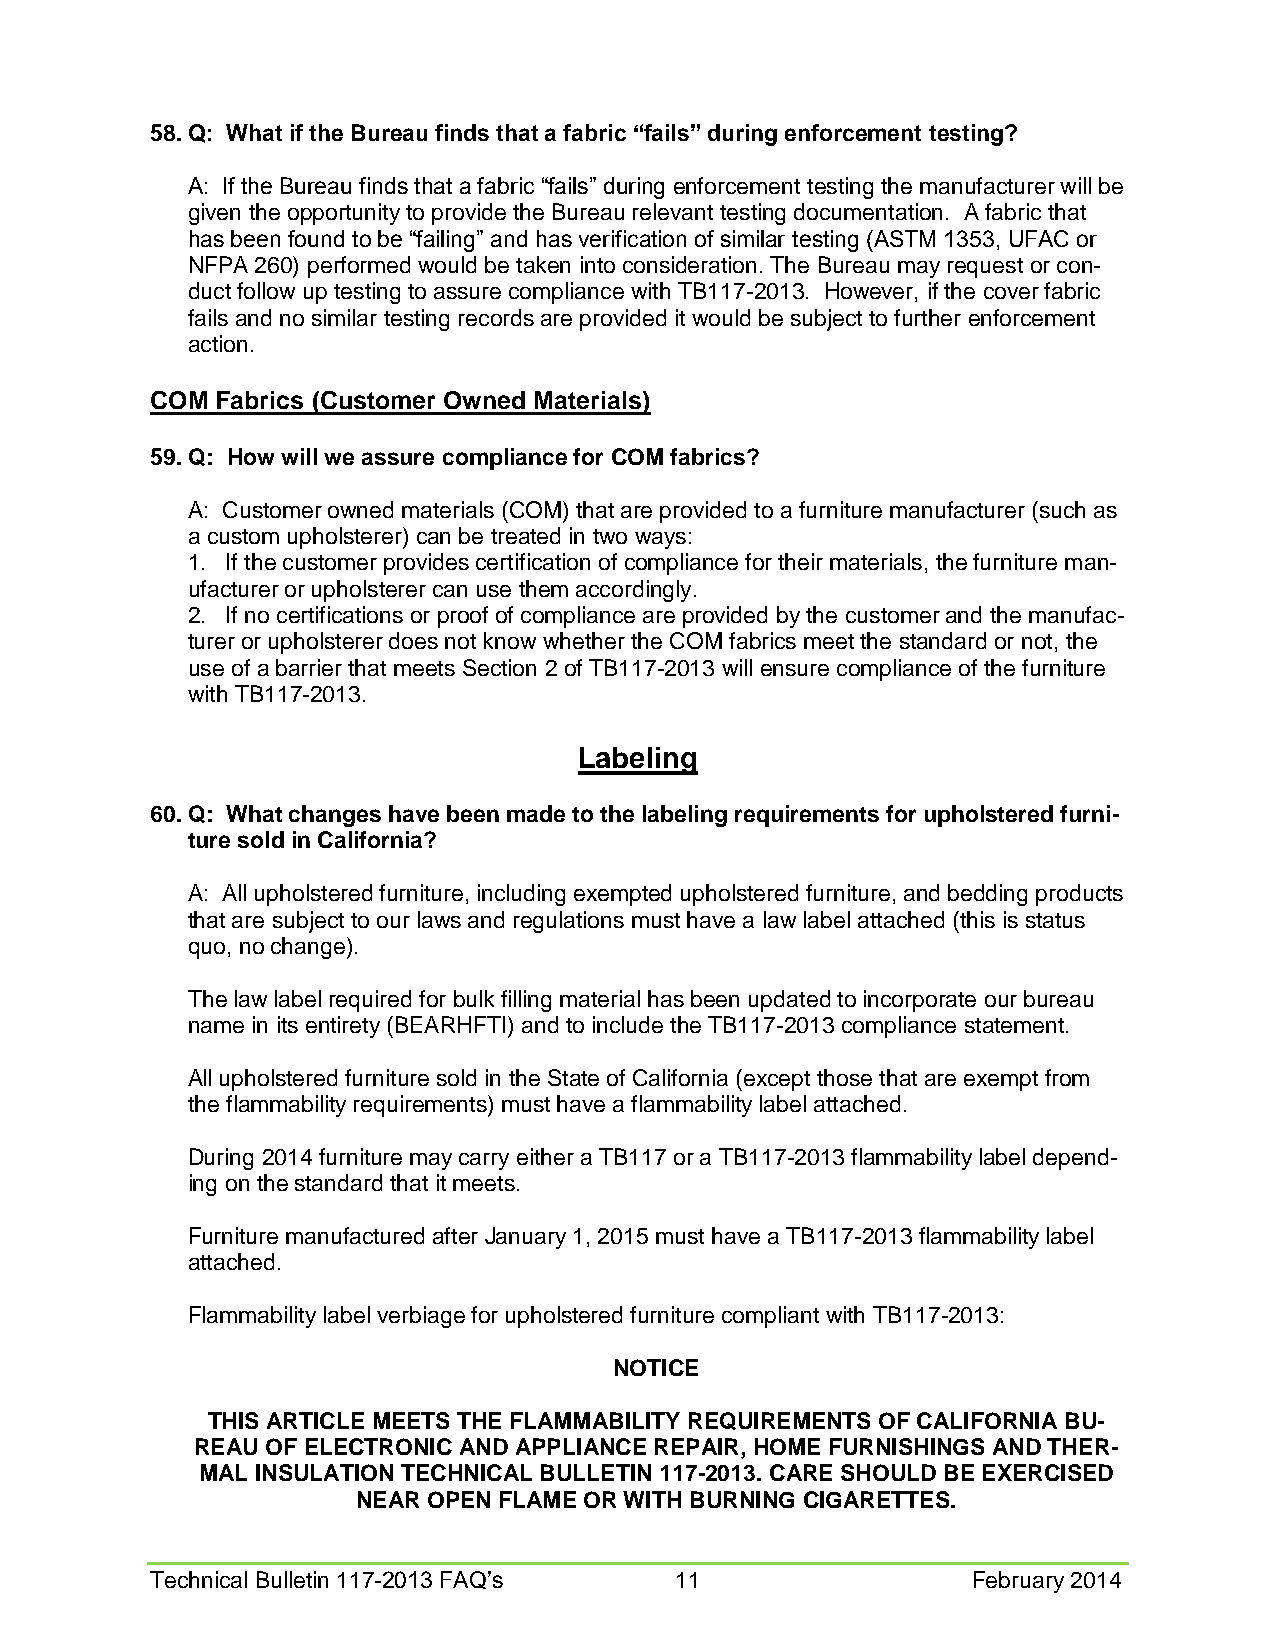
58. Q: What if the Bureau finds that a fabric “fails” during enforcement testing?
 A: If the Bureau finds that a fabric “fails” during enforcement testing the manufacturer will be
 given the opportunity to provide the Bureau relevant testing documentation. A fabric that
 has been found to be “failing” and has verification of similar testing (ASTM 1353, UFAC or
 NFPA 260) performed would be taken into consideration. The Bureau may request or con-
 duct follow up testing to assure compliance with TB117-2013. However, if the cover fabric
 fails and no similar testing records are provided it would be subject to further enforcement
 action.
 COM Fabrics (Customer Owned Materials)
 59. Q: How will we assure compliance for COM fabrics?
 A: Customer owned materials (COM) that are provided to a furniture manufacturer (such as
 a custom upholsterer) can be treated in two ways:
 1. If the customer provides certification of compliance for their materials, the furniture man-
 ufacturer or upholsterer can use them accordingly.
 2. If no certifications or proof of compliance are provided by the customer and the manufac-
 turer or upholsterer does not know whether the COM fabrics meet the standard or not, the
 use of a barrier that meets Section 2 of TB117-2013 will ensure compliance of the furniture
 with TB117-2013.
 Labeling
 60. Q: What changes have been made to the labeling requirements for upholstered furni-
 ture sold in California?
 A: All upholstered furniture, including exempted upholstered furniture, and bedding products
 that are subject to our laws and regulations must have a law label attached (this is status
 quo, no change).
 The law label required for bulk filling material has been updated to incorporate our bureau
 name in its entirety (BEARHFTI) and to include the TB117-2013 compliance statement.
 All upholstered furniture sold in the State of California (except those that are exempt from
 the flammability requirements) must have a flammability label attached.
 During 2014 furniture may carry either a TB117 or a TB117-2013 flammability label depend-
 ing on the standard that it meets.
 Furniture manufactured after January 1, 2015 must have a TB117-2013 flammability label
 attached.
 Flammability label verbiage for upholstered furniture compliant with TB117-2013:
 NOTICE
 THIS ARTICLE MEETS THE FLAMMABILITY REQUIREMENTS OF CALIFORNIA BU-
 REAU OF ELECTRONIC AND APPLIANCE REPAIR, HOME FURNISHINGS AND THER-
 MAL INSULATION TECHNICAL BULLETIN 117-2013. CARE SHOULD BE EXERCISED
 NEAR OPEN FLAME OR WITH BURNING CIGARETTES.
 Technical Bulletin 117-2013 FAQ’s  11                 February 2014